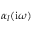
\alpha _ { l } ( \mathrm { i } \omega )